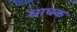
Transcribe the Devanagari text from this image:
साघक